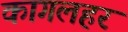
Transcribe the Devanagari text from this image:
कागलहर